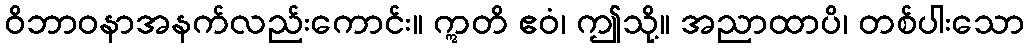
ဝိဘာဝနာအနက်လည်းကောင်း။ ဣတိ ဧဝံ၊ ဤသို့။ အညာထာပိ၊ တစ်ပါးသော